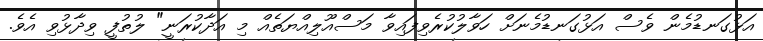
އަޅުގަނޑުމެން ވެސް އަޅުގަނޑުމެނަށް ހަވާލުކުރެވިފައިވާ މަސްއޫލިއްޔަތެއް މި އަދާކުރަނީ" ލުތުފީ ވިދާޅުވި އެވެ.